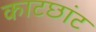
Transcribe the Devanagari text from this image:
काटछांट